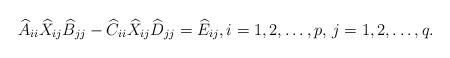
LaTeX: \begin{align*} \widehat{A}_{ii}\widehat{X}_{ij}\widehat{B}_{jj} - \widehat{C}_{ii}\widehat{X}_{ij}\widehat{D}_{jj} = \widehat{E}_{ij}, i=1,2,\dots,p, \, j=1,2,\dots,q.\end{align*}